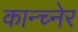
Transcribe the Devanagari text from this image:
कान्च्नेर